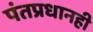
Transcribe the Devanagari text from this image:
पंतप्रधानही